Annual report of the Punjab Veterinary College and of the Civil Veterinary Department, Punjab - 1920-1925
Year: 1920
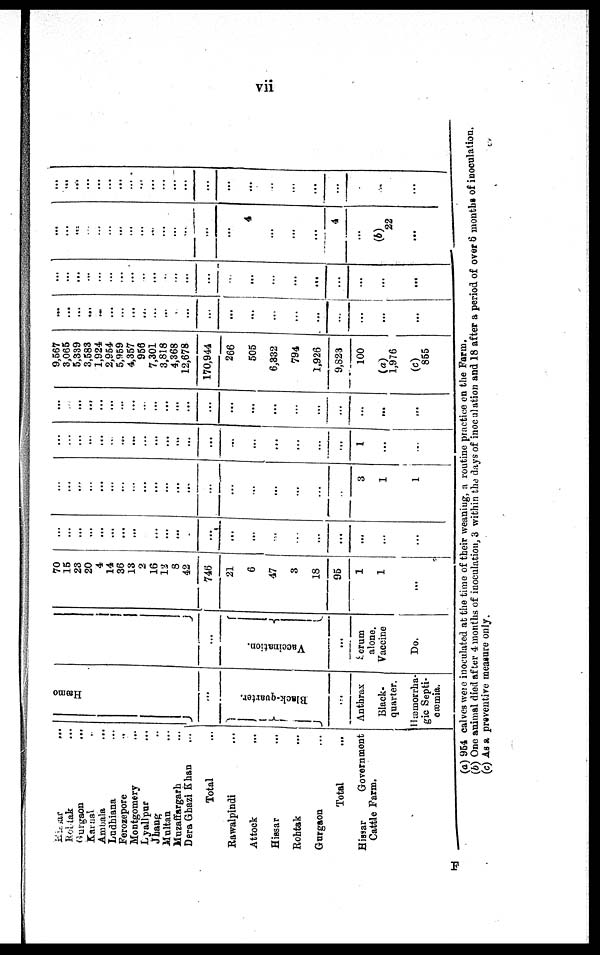
vii
Hissar ...
Rohtak ...
Gurgaon ...
Karnal ...
Ambal a ...
Ludhi ana ...
Fer ozepor e ...
Mont gomer y
Lyal l pur ...
Jhaug ...
Mul t
an ...
Muzaf f ar gar h .
.
.
Der a Ghazi Khan ...
Tot al
Rawal pi ndi ...
At t ock ...
Hi ssar
...
Roht ak ...
Gur gaon ...
Tot al
Hi ssar Gover nment
Cat t l e Far m.
Hæmo
...
}Black-quarter.
...
Ant hr ax
Bl ack-
quart er.
Hæsmor r ha-
gi c Sept i -
oæmi a.
Vaccination.{
...
Ser um
al one.
Vacci ne
Do.
70
16
23 20 4
14
36 13
2 16
12 8
42
746
21
6
47
3
18
95
1
1
...
... ...
...
... ...
...
... ...
... ... ...
...
... ...
...
...
...
...
...
...
...
...
...
... ... ...
... ... ...
...
... ...
... ...
... ...
...
...
...
...
...
...
...
3
1
1
...
... ... ...
...
... ...
...
... ...
... ...
...
...
...
...
...
...
...
...
1
...
...
...
... ...
... ... ... ...
...
... ...
... ...
...
...
...
...
...
...
...
...
...
...
...
9, 567
3, 065
5, 339
3, 583
1, 924
2, 954
5, 959
4, 357 956
7, 301
3, 818
4, 368
12, 678
170, 944
266
505
6, 332
794
1, 926
9, 823
100
(a)
1, 976
(c)
855
...
... ...
... ...
...
... ...
...
... ...
... ...
...
...
...
...
...
...
...
...
...
...
...
...
...
... ... ...
...
... ... ...
...
...
...
...
...
...
...
...
...
...
...
...
...
... ...
... ...
...
...
... ...
...
...
... ...
...
4
...
...
... 4
...
(b)
22
...
... ...
... ...
... ... ... ...
... ... ...
...
... ...
...
...
...
...
...
...
...
...
(a) 954 cal ves wer e i nocul at ed at t he t i me of t hei r weani ng, a r out i ne pr act i ce on t he Far m.
(b) One ani mal di ed aft er 4 mont hs of i nocul at i on, 3 wi t hi n the days of i nocul at i on and 18 aft er a per i od of over 6 mont hs of i n
(c) As a pr event i ve meas ur e onl y.
F